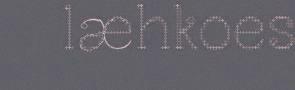
læhkoes